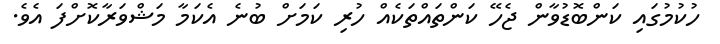
ހުކުމުގައި ކަންބޮޑުވާން ޖެހޭ ކަންތައްތަކެއް ހުރި ކަމަށް ބުނެ އެކަމާ މަޝްވަރާކޮށްފަ އެވެ.